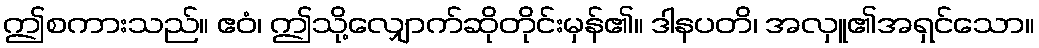
ဤစကားသည်။ ဧဝံ၊ ဤသို့လျှောက်ဆိုတိုင်းမှန်၏။ ဒါနပတိ၊ အလှူ၏အရှင်သော။